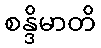
စန္ဒိမာတိ